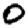
Digit: 0